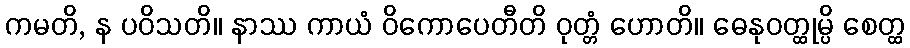
ကမတိ, န ပဝိသတိ။ နာဿ ကာယံ ဝိကောပေတီတိ ဝုတ္တံ ဟောတိ။ ဓေနုဝတ္ထုမ္ပိ စေတ္ထ